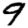
Digit: 9